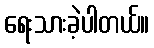
ရေးသားခဲ့ပါတယ်။